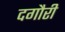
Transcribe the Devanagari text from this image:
दगौरी